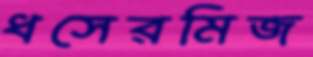
ধসেরমিজ